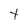
Character: t